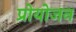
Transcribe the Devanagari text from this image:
प्रोयोजन